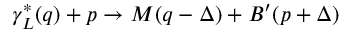
\gamma _ { L } ^ { * } ( q ) + p \to M ( q - \Delta ) + B ^ { \prime } ( p + \Delta )